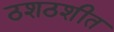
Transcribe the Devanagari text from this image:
ठशठशीत